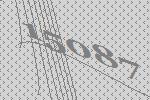
15087